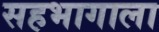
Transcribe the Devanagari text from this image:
सहभागाला